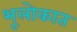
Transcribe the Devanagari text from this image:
भूलोकात